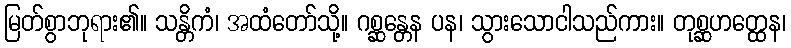
မြတ်စွာဘုရား၏။ သန္တိကံ၊ အထံတော်သို့။ ဂစ္ဆန္တေန ပန၊ သွားသောငါသည်ကား။ တုစ္ဆဟတ္ထေန၊